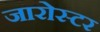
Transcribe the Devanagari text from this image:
जारोस्टर